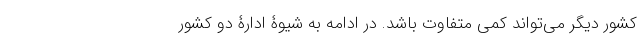
کشور دیگر می‌تواند کمی متفاوت باشد. در ادامه به شیوۀ ادارۀ دو کشور